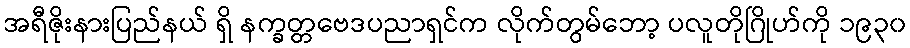
အရီဇိုးနားပြည်နယ် ရှိ နက္ခတ္တဗေဒပညာရှင်က လိုက်တွမ်ဘော့ ပလူတိုဂြိုဟ်ကို ၁၉၃၀